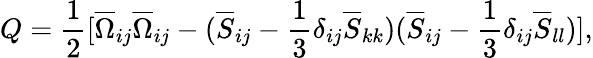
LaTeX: Q=\frac{1}{2}[\overline{{\Omega}}_{ij}\overline{{\Omega}}_{ij}-(\overline{{S}}_{ij}-\frac{1}{3}\delta_{ij}\overline{{S}}_{kk})(\overline{{S}}_{ij}-\frac{1}{3}\delta_{ij}\overline{{S}}_{ll})],